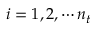
i = 1 , 2 , \cdots n _ { t }